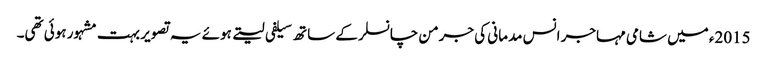
2015ء میں شامی مہاجر انس مدمانی کی جرمن چانسلر کے ساتھ سیلفی لیتے ہوئے یہ تصویر بہت مشہور ہوئی تھی۔